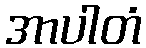
အာပါတံ